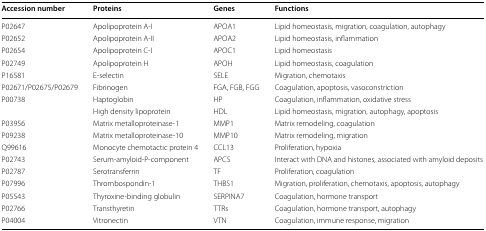
<table><thead><tr><td><b>Accession number</b></td><td><b>Proteins</b></td><td><b>Genes</b></td><td><b>Functions</b></td></tr></thead><tbody><tr><td>P02647</td><td>Apolipoprotein A-I</td><td>APOA1</td><td>Lipid homeostasis, migration, coagulation, autophagy</td></tr><tr><td>P02652</td><td>Apolipoprotein A-II</td><td>APOA2</td><td>Lipid homeostasis, inflammation</td></tr><tr><td>P02654</td><td>Apolipoprotein C-I</td><td>APOC1</td><td>Lipid homeostasis</td></tr><tr><td>P02749</td><td>Apolipoprotein H</td><td>APOH</td><td>Lipid homeostasis, coagulation</td></tr><tr><td>P16581</td><td>E-selectin</td><td>SELE</td><td>Migration, chemotaxis</td></tr><tr><td>P02671/P02675/P02679</td><td>Fibrinogen</td><td>FGA, FGB, FGG</td><td>Coagulation, apoptosis, vasoconstriction</td></tr><tr><td>P00738</td><td>Haptoglobin</td><td>HP</td><td>Coagulation, inflammation, oxidative stress</td></tr><tr><td></td><td>High density lipoprotein</td><td>HDL</td><td>Lipid homeostasis, migration, autophagy, apoptosis</td></tr><tr><td>P03956</td><td>Matrix metalloproteinase-1</td><td>MMP1</td><td>Matrix remodeling, coagulation</td></tr><tr><td>P09238</td><td>Matrix metalloproteinase-10</td><td>MMP10</td><td>Matrix remodeling, migration</td></tr><tr><td>Q99616</td><td>Monocyte chemotactic protein 4</td><td>CCL13</td><td>Proliferation, hypoxia</td></tr><tr><td>P02743</td><td>Serum-amyloid-P-component</td><td>APCS</td><td>Interact with DNA and histones, associated with amyloid deposits</td></tr><tr><td>P02787</td><td>Serotransferrin</td><td>TF</td><td>Proliferation, coagulation</td></tr><tr><td>P07996</td><td>Thrombospondin-1</td><td>THBS1</td><td>Migration, proliferation, chemotaxis, apoptosis, autophagy</td></tr><tr><td>P05543</td><td>Thyroxine-binding globulin</td><td>SERPINA7</td><td>Coagulation, hormone transport</td></tr><tr><td>P02766</td><td>Transthyretin</td><td>TTRs</td><td>Coagulation, hormone transport, autophagy</td></tr><tr><td>P04004</td><td>Vitronectin</td><td>VTN</td><td>Coagulation, immune response, migration</td></tr></tbody></table>